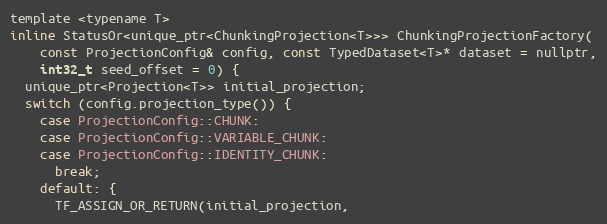
Language: C
template <typename T>
inline StatusOr<unique_ptr<ChunkingProjection<T>>> ChunkingProjectionFactory(
    const ProjectionConfig& config, const TypedDataset<T>* dataset = nullptr,
    int32_t seed_offset = 0) {
  unique_ptr<Projection<T>> initial_projection;
  switch (config.projection_type()) {
    case ProjectionConfig::CHUNK:
    case ProjectionConfig::VARIABLE_CHUNK:
    case ProjectionConfig::IDENTITY_CHUNK:
      break;
    default: {
      TF_ASSIGN_OR_RETURN(initial_projection,